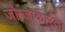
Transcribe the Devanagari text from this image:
जोग्जाकार्रता